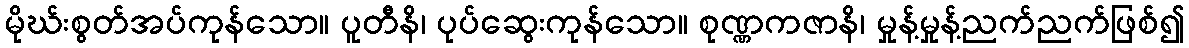
မိုဃ်းစွတ်အပ်ကုန်သော။ ပူတီနိ၊ ပုပ်ဆွေးကုန်သော။ စုဏ္ဏကဇာနိ၊ မှုန့်မှုန့်ညက်ညက်ဖြစ်၍